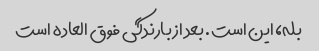
بله، این است. بعد از بارندگی فوق العاده است